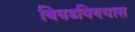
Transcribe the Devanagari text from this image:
बिघडविण्यास